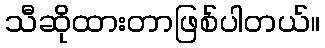
သီဆိုထားတာဖြစ်ပါတယ်။